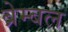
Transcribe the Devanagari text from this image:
ब्रेम्बल